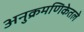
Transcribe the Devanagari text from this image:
अनुक्रमणिकेतले